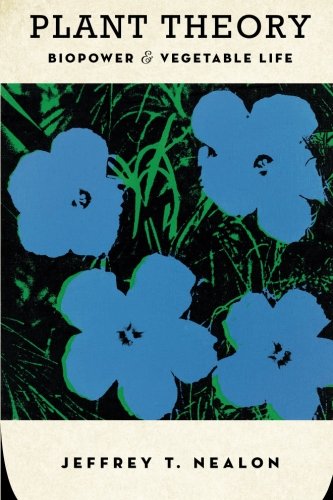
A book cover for Plant Theory: Biopower and Vegetable Life; Jeffrey Nealon; Science & Math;